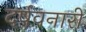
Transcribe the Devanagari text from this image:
दर्षवनारी